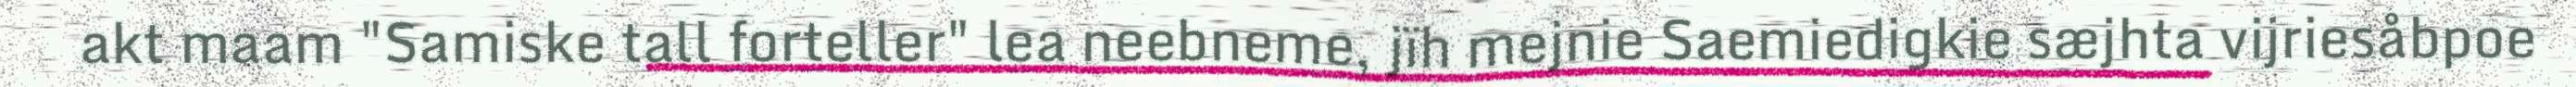
akt maam "Samiske tall forteller" lea neebneme, jïh mejnie Saemiedigkie sæjhta vijriesåbpoe